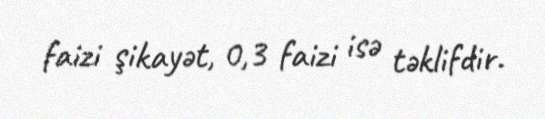
faizi şikayət, 0,3 faizi isə təklifdir.